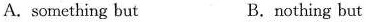
A. something but B. nothing but